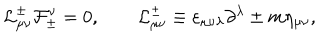
LaTeX: { \cal L } _ { \mu \nu } ^ { \pm } { \cal F } _ { \pm } ^ { \nu } = 0 , \qquad { \cal L } _ { \mu \nu } ^ { \pm } \equiv \varepsilon _ { \mu \nu \lambda } \partial ^ { \lambda } \pm m \eta _ { \mu \nu } ,